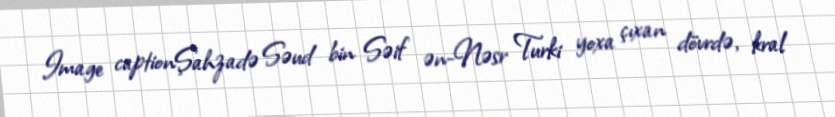
Image captionŞahzadə Səud bin Səif ən-Nəsr Turki yoxa çıxan dövrdə, kral